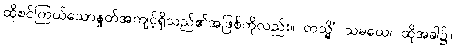
ထိုစင်ကြယ်သောနှုတ်အကျင့်ရှိသည်၏အဖြစ်ကိုလည်း။ တသ္မိံ သမယေ၊ ထိုအခါ၌။